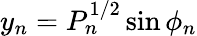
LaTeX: y_{n}=P_{n}^{1/2}\sin\phi_{n}